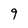
Character: 9